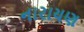
નારાયણ